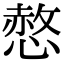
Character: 𢟻